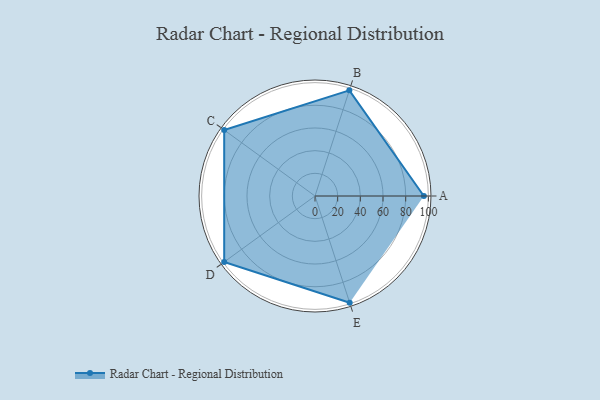
{"axis": {"x": "Skill", "y": "Score"}, "legend": ["Profile"], "data": [{"x": "A", "y": 96.0, "type": "Profile"}, {"x": "B", "y": 98.0, "type": "Profile"}, {"x": "C", "y": 99, "type": "Profile"}, {"x": "D", "y": 99, "type": "Profile"}, {"x": "E", "y": 99, "type": "Profile"}]}